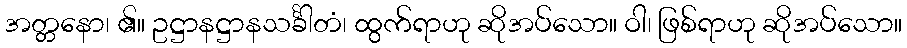
အတ္တနော၊ ၏။ ဥဋ္ဌာနဋ္ဌာနသင်္ခါတံ၊ ထွက်ရာဟု ဆိုအပ်သော။ ဝါ၊ ဖြစ်ရာဟု ဆိုအပ်သော။